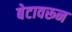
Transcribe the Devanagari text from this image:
बेटावरून